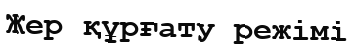
Жер құрғату режімі